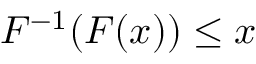
F ^ { - 1 } ( F ( x ) ) \leq x